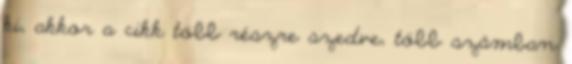
ki, akkor a cikk több részre szedve, több számban